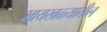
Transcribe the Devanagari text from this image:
भायखळ्यातील